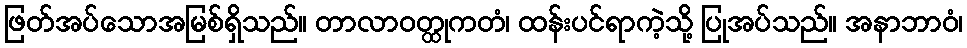
ဖြတ်အပ်သောအမြစ်ရှိသည်။ တာလာဝတ္ထုကတံ၊ ထန်းပင်ရာကဲ့သို့ ပြုအပ်သည်။ အနာဘာဝံ၊